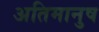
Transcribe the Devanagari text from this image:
अतिमानुष